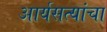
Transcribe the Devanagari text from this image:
आर्यसत्यांचा